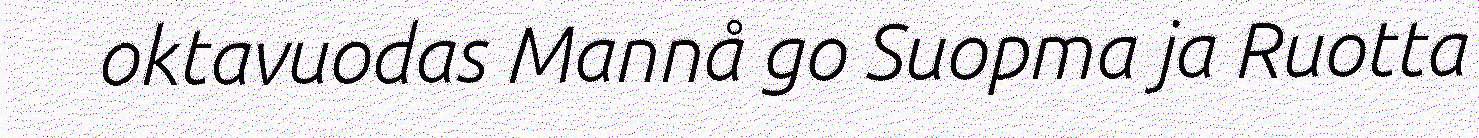
oktavuodas Mannå go Suopma ja Ruotta